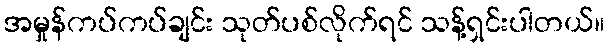
အမှုန်ကပ်ကပ်ချင်း သုတ်ပစ်လိုက်ရင် သန့်ရှင်းပါတယ်။